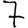
Digit: 7